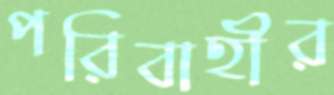
পরিবাহীর